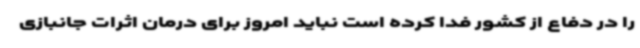
را در دفاع از کشور فدا کرده است نباید امروز برای درمان اثرات جانبازی